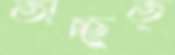
অচ্ছুত্